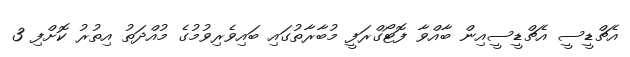
އެޗްޑީސީ އެޗްޑީސީއިން ބާއްވާ ފޮޓޯގްރަފީ މުބާރާތުގައި ބައިވެރިވުމުގެ މުއްދަތު އިތުރު ކޮށްފި 3